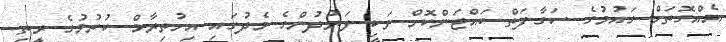
އެއްގޮތަށް ގައުމުގެ ސަގާފަތް ބައްޓަންކޮށް ވަކި ފަރުދުންގެ މެދުގައި އިހުތިރާމް ކުރުމުގެ ރީތި